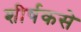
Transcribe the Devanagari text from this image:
शीर्षकसे